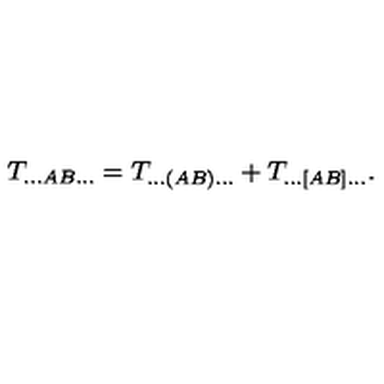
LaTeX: T _ { \ldots A B \ldots } = T _ { \ldots ( A B ) \ldots } + T _ { \ldots [ A B ] \ldots } .